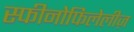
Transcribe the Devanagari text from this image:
स्फीनोफिलेलीज़